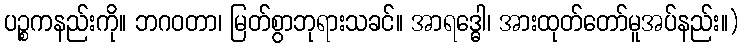
ပဉ္စကနည်းကို။ ဘဂဝတာ၊ မြတ်စွာဘုရားသခင်။ အာရဒ္ဓေါ၊ အားထုတ်တော်မူအပ်နည်း။)